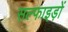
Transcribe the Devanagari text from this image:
सल्फाइड़ों